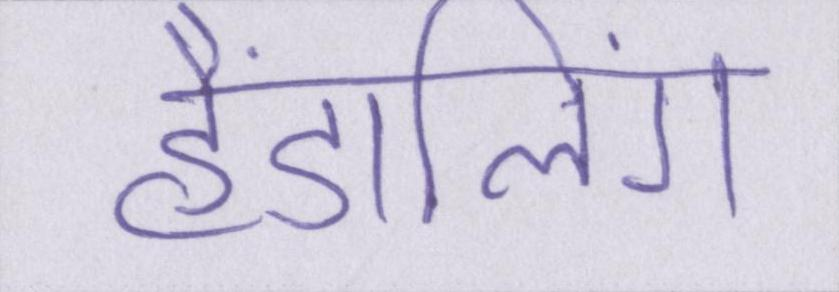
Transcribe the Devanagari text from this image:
हैंडलिंग